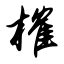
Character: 榷